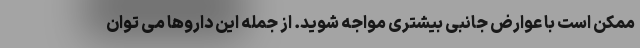
ممکن است با عوارض جانبی بیشتری مواجه شوید. از جمله این داروها می توان